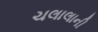
ચલાલાની